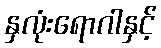
နှလုံးရောဂါနှင့်